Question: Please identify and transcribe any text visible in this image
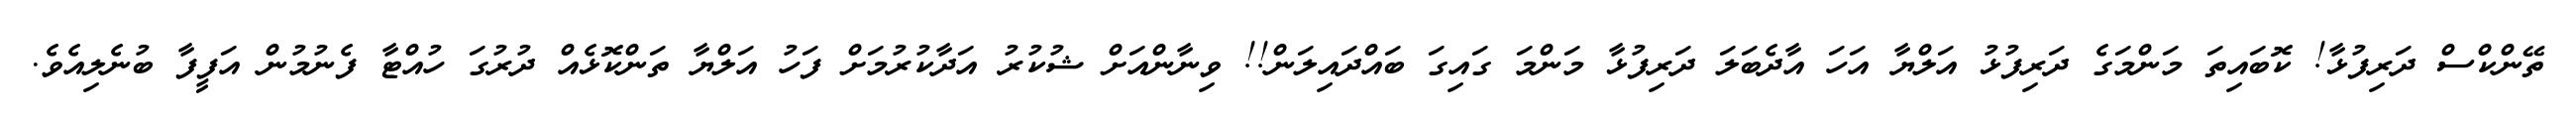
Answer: ތޭންކްސް ދަރިފުޅާ! ކޮބައިތަ މަންމަގެ ދަރިފުޅު އަލްޔާ އަހަ އާދެބަލަ ދަރިފުޅާ މަންމަ ގައިގަ ބައްދައިލަން!! ވިނާންއަށް ޝުކުރު އަދާކުރުމަށް ފަހު އަލްޔާ ތަންކޮޅެއް ދުރުގަ ހުއްޓާ ފެނުމުން އަފީފާ ބުނެލިއެވެ.